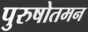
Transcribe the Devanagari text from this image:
पुरुषोतमन